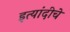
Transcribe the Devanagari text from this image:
इत्यांदीचे